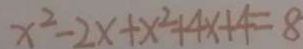
x ^ { 2 } - 2 x + x ^ { 2 } + 4 x + 4 = 8